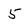
Character: 5